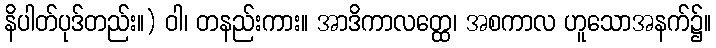
နိပါတ်ပုဒ်တည်း။) ဝါ၊ တနည်းကား။ အာဒိကာလတ္ထေ၊ အစကာလ ဟူသောအနက်၌။